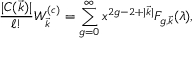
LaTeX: { \frac { | C ( \vec { k } ) | } { \ell ! } } W _ { \vec { k } } ^ { ( c ) } = \sum _ { g = 0 } ^ { \infty } x ^ { 2 g - 2 + | \vec { k } | } F _ { g , \vec { k } } ( \lambda ) ,